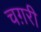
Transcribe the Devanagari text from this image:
चग़री